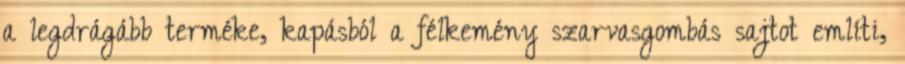
a legdrágább terméke, kapásból a félkemény szarvasgombás sajtot említi,